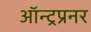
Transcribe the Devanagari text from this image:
ऑन्ट्रप्रनर